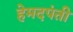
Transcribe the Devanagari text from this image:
हेमदपंती